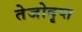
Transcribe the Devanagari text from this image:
तेजोदृप्त